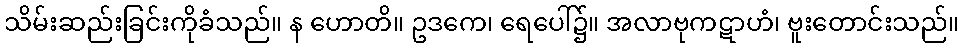
သိမ်းဆည်းခြင်းကိုခံသည်။ န ဟောတိ။ ဥဒကေ၊ ရေပေါ်၌။ အလာဗုကဋာဟံ၊ ဗူးတောင်းသည်။